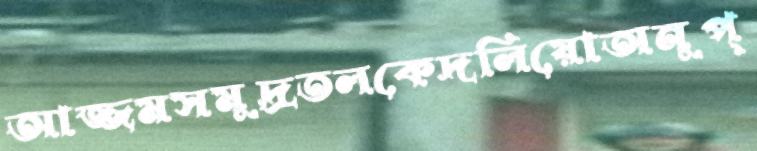
আজ্জমসমুদ্রতলকেদলিয়োঅনুপ্